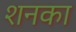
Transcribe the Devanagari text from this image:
शनका